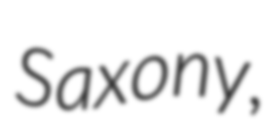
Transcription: Saxony,